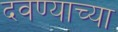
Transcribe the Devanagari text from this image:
दवण्याच्या